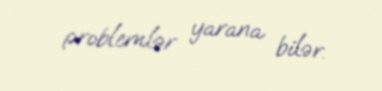
problemlər yarana bilər.